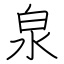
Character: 泉